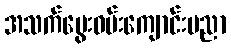
အသက်မွေးဝမ်းကျောင်းပညာ